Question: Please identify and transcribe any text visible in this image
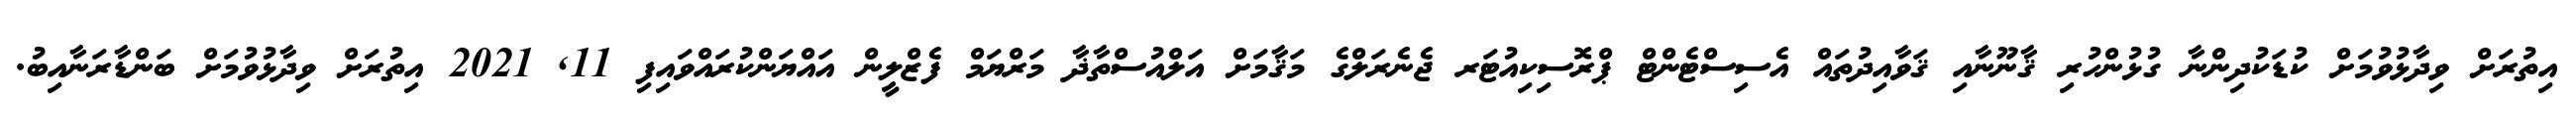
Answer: އިތުރަށް ވިދާޅުވުމަށް ކުޑަކުދިންނާ ގުޅުންހުރި ޤާނޫނާއި ޤަވާއިދުތައް އެސިސްޓެންޓް ޕްރޮސިކިއުޓަރ ޖެނެރަލްގެ މަޤާމަށް އަލްއުސްތާޛާ މަރްޔަމް ފެޒްލީން އައްޔަންކުރައްވައިފި 11, 2021 އިތުރަށް ވިދާޅުވުމަށް ބަންޑާރަނާއިބު.